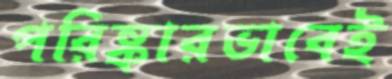
পরিষ্কারভাবেই